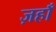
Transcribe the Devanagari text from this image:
ज़हाँ